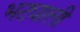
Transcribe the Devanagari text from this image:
भट्याली